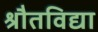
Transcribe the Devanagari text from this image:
श्रौतविद्या